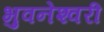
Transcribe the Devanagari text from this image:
भुवनेश्‍वरी